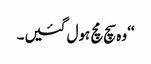
‘‘وہ سچ مچ ہول گئیں۔